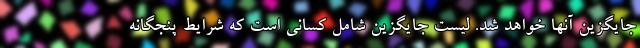
جایگزین آنها خواهد شد. لیست جایگزین شامل کسانی است که شرایط پنجگانه